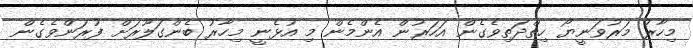
މިހާރު މަރުވަނީޔޯ ހިތްދަތިވެގެން އަހަރުން އެންމެން މި އުޅެނީ މިހާރު ބެންގަލޫރަށް ފުރަންވެގެން